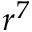
r ^ { 7 }